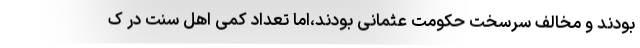
بودند و مخالف سرسخت حکومت عثمانی بودند،اما تعداد کمی اهل سنت در ک